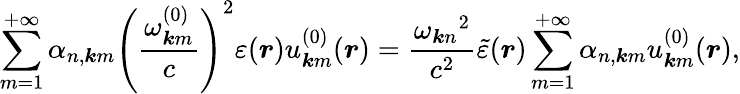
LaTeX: \sum_{m=1}^{+\infty}\alpha_{n,\boldsymbol{k}m}\left(\frac{\omega_{\boldsymbol{k}m}^{(0)}}{c}\right)^{2}\varepsilon(\boldsymbol{r})u_{\boldsymbol{k}m}^{(0)}(\boldsymbol{r})=\frac{\omega_{\boldsymbol{k}n}{}^{2}}{c^{2}}\tilde{\varepsilon}(\boldsymbol{r})\sum_{m=1}^{+\infty}\alpha_{n,\boldsymbol{k}m}u_{\boldsymbol{k}m}^{(0)}(\boldsymbol{r}),